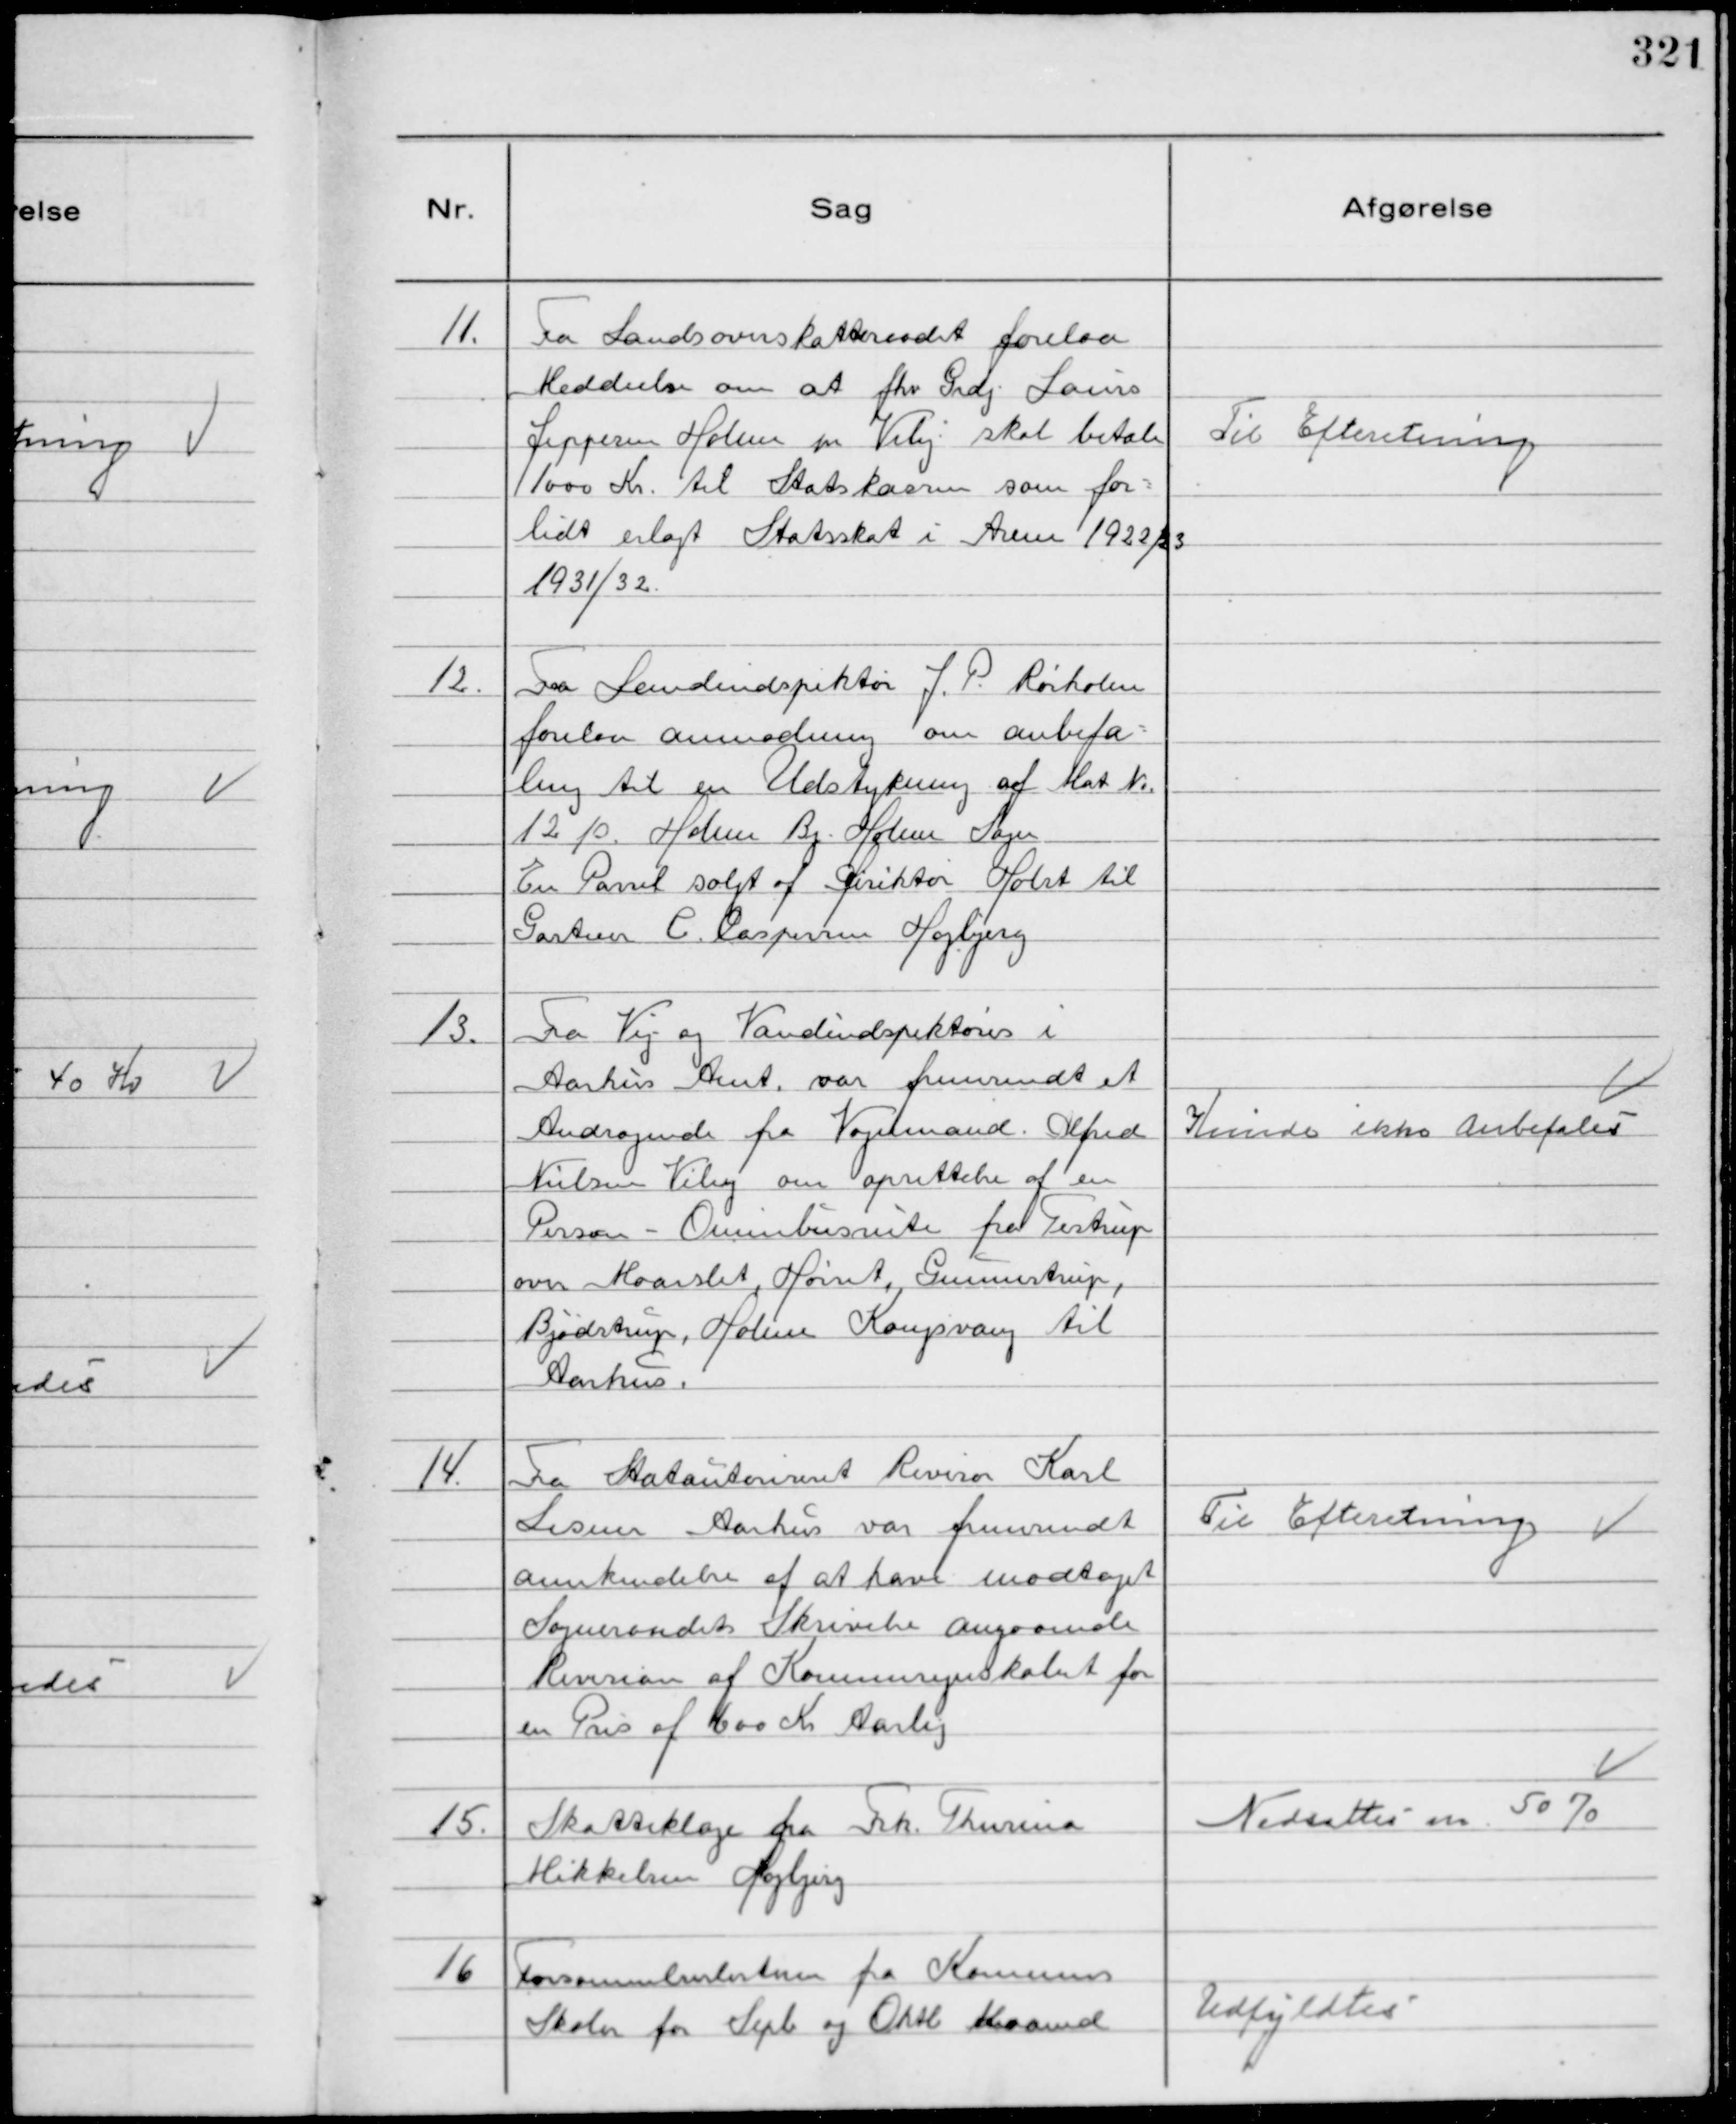
Transskription:
11.
Fra Landsoverskatteraadet forelaa
Meddeelse om at fhv Grdj Laurs
Jeppesen Holme pr Viby skal betale
1000 Kr. til Statskassen som for
lidt erlagt Statsskat i Arene 1922/23
1931/32.

Til Efteretning

12.
Fra Landindspektør J. P. Rørholm
forelaa anmodning om anbefa-
ling til en Udstykning af Mat №
12 10. Holme By Holme Sogn
En Parsel solgt af Diriktør Holst til
Gartner C. Caspersen Højbjerg

13.
Fra Vej og Vandindspektøren i
Aarhus Amt var fremsendt et
Andragende fra Vognmand Alfred
Nielsen Viby om oprettelse af en
Person - Omnibusrute fra Testrup
over Maarslet, Hørret, Gunnestrup,
Bjødstrup, Holme Kongsvang til
Aarhus.

Kunde ikke Anbefales

14.
Fra Statsautoriseret Revisor Karl
Lesner Aarhus var fremsendt
anerkendelse af at have modtaget
Sogneraadets Skrivelse angaaende
Revision af Kommuneregnskabet for
en Pris af 600 Kr Aarlig

Til Efteretning

15.
Skatteklage fra Frk. Thurina
Mikkelsen Højbjerg

Nedsattes m. 50 %

16
Forsømmelseslisterne fra Kommunens
Skoler for Sepb og Oktb Maaned

Udfyldtes